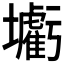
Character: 𡓰